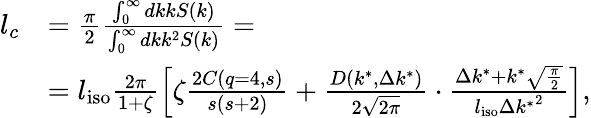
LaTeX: \begin{array}{rl}{l_{c}}&{=\frac{\pi}{2}\frac{\int_{0}^{\infty}dkkS(k)}{\int_{0}^{\infty}dkk^{2}S(k)}=}\\ &{=l_{\mathrm{iso}}\frac{2\pi}{1+\zeta}\left[\zeta\frac{2C(q=4,s)}{s(s+2)}+\frac{D(k^{*},\Delta k^{*})}{2\sqrt{2\pi}}\cdot\frac{\Delta k^{*}+k^{*}\sqrt{\frac{\pi}{2}}}{l_{\mathrm{iso}}{\Delta k^{*}}^{2}}\right],}\end{array}